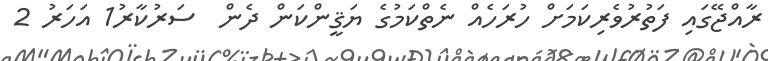
ރާއްޖޭގައި ފަތުރުވެރިކަމަށް ހުރަހެއް ނެތްކަމުގެ ޔަޤީންކަން ދެން  ސަރުކާރު1 އަހަރު 2